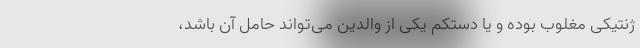
ژنتیکی مغلوب بوده و یا دستکم یکی از والدین می‌تواند حامل آن باشد،